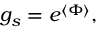
g _ { s } = e ^ { \langle \Phi \rangle } ,